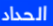
الحداد